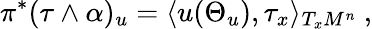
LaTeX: \pi^{*}(\tau\wedge\alpha)_{u}=\langle u(\Theta_{u}),\tau_{x}\rangle_{T_{x}M^{n}}\ ,